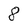
Character: 8